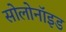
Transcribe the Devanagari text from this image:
सोलोनॉइड